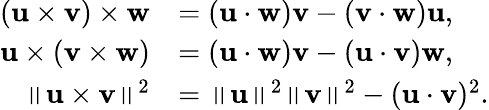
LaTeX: {\begin{array}{rl}{(\mathbf{u}\times\mathbf{v})\times\mathbf{w}}&{=(\mathbf{u}\cdot\mathbf{w})\mathbf{v}-(\mathbf{v}\cdot\mathbf{w})\mathbf{u},}\\ {\mathbf{u}\times(\mathbf{v}\times\mathbf{w})}&{=(\mathbf{u}\cdot\mathbf{w})\mathbf{v}-(\mathbf{u}\cdot\mathbf{v})\mathbf{w},}\\ {\left\| \mathbf{u}\times\mathbf{v}\right\| ^{2}}&{=\left\| \mathbf{u}\right\| ^{2}\left\| \mathbf{v}\right\| ^{2}-(\mathbf{u}\cdot\mathbf{v})^{2}.}\end{array}}